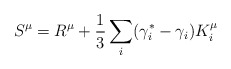
\begin{align*} S^{\mu} = R^{\mu} + \frac{1}{3} \sum_i (\gamma^{\ast}_i - \gamma_i) K^{\mu}_i\end{align*}